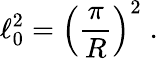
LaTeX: \ell_{0}^{2}=\left(\frac{\pi}{R}\right)^{2}\; .